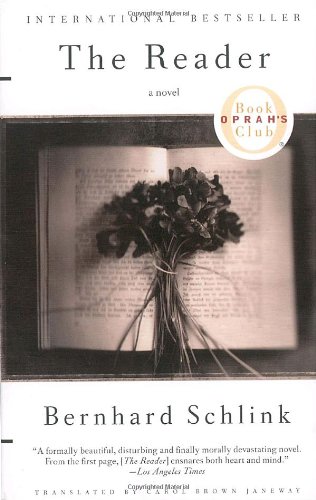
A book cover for The Reader; Bernhard Schlink; Romance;